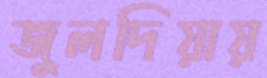
জুলদিয়ায়